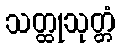
သတ္ထုသုတ္တံ